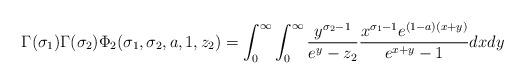
LaTeX: \begin{align*}\Gamma (\sigma_1) \Gamma (\sigma_2) \Phi_2 (\sigma_1,\sigma_2, a, 1,z_2) = \int_0^\infty \int_0^\infty \frac{y^{\sigma_2-1}}{e^y-z_2} \frac{x^{\sigma_1-1}e^{(1-a)(x+y)}}{e^{x+y}-1} dx dy\end{align*}